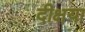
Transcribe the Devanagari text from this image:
दीक्षया